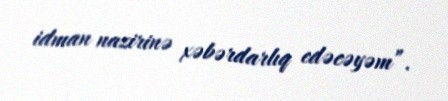
idman nazirinə xəbərdarlıq edəcəyəm”.